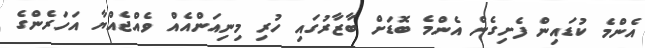
އެންމެ ކުޑައިން ފެށިގެން އެންމެ ބޮޑަށް ބާޒާރުގައި ހުރި މިނިއަންއެއް ވެއްޖެއްޔާ އަހަރެންގެ